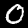
Digit: 0